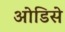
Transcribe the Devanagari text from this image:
ओडिसे